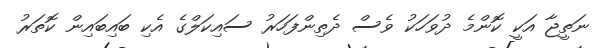
ނަތީޖާ އަކީ ކޮންމެ ދުވަހަކު ވެސް ދެތިންފަހަރު ސައިކަލްގެ އެކި ބައިބައިން ކޮތަރު